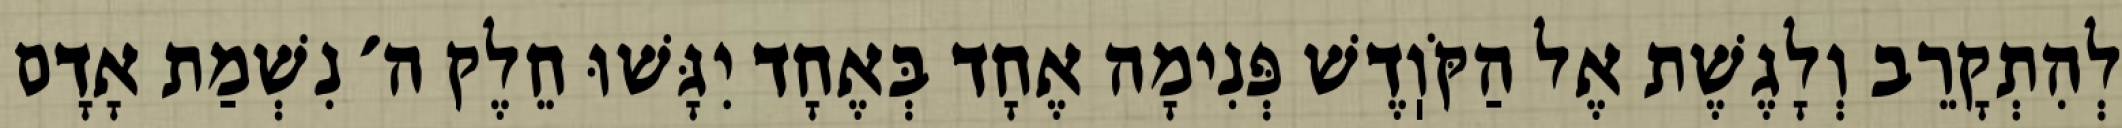
לְהִתְקָרֵב וְלָגֶשֶׁת אֶל הַקֹּוֽדֶשׁ פְּנִימָה אֶחָד בְּאֶחָד יִגָּשׁוּ חֵלֶק ה׳ נִשְׁמַת אָדָם